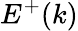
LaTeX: E^{+}(k)